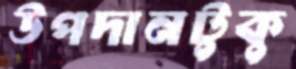
উপদানটুকু